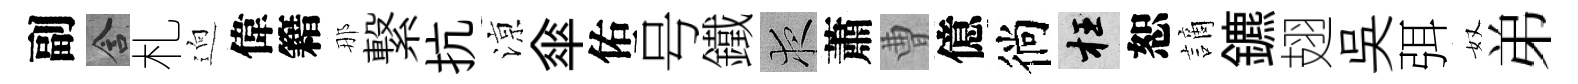
副含札逈偉籍那繋抗鿌傘佑号鐵夜蕭曹億徜枉恕謫鑣翅吳弭奴弟